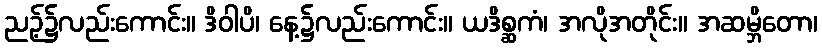
ညဉ့်၌လည်းကောင်း။ ဒိဝါပိ၊ နေ့၌လည်းကောင်း။ ယဒိစ္ဆကံ၊ အလိုအတိုင်း။ အဆမ္ဘိတော၊